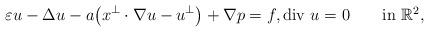
LaTeX: \begin{align*}\varepsilon u-\Delta u-a\big(x^\perp\cdot\nabla u-u^\perp\big)+\nabla p=f, \mbox{div $u$}=0 \qquad\mbox{in $\mathbb R^2$},\end{align*}